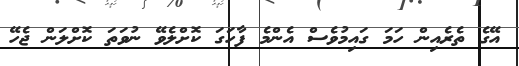
އޭގެ ތެރެއިން ހަމަ ގައިމުވެސް އެންމެ ފާހަގަ ކޮށްލެވޭ ނުވަތަ ކޮށްލަން ޖެހޭ